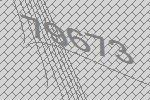
79673